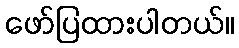
ဖော်ပြထားပါတယ်။